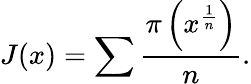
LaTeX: J(x)=\sum{\frac{\pi\left(x^{\frac{1}{n}}\right)}{n}}.